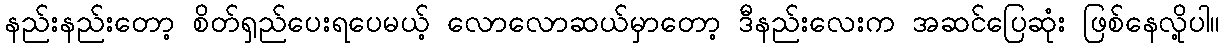
နည်းနည်းတော့ စိတ်ရှည်ပေးရပေမယ့် လောလောဆယ်မှာတော့ ဒီနည်းလေးက အဆင်ပြေဆုံး ဖြစ်နေလို့ပါ။